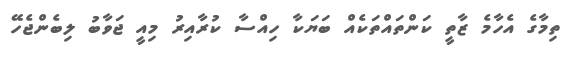
ތިމާގެ އެހާމެ ޒާތީ ކަންތައްތަކެއް ބަޔަކާ ހިއްސާ ކުރާއިރު މިއީ ޖަވާބު ލިބެންޖެހޭ